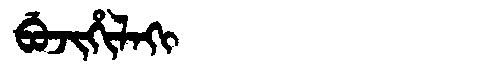
Manchu: ᠪᡠᠵᡳᡥᡳᠯᠠᡴᡳ
Romanization: BUJIHILAKI